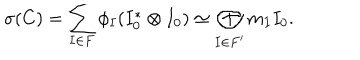
LaTeX: \sigma ( C ) = \sum _ { I \in F } \phi _ { I } ( I _ { 0 } ^ { * } \otimes I _ { 0 } ) \simeq \bigoplus _ { I \in F ^ { \prime } } m _ { I } I _ { 0 } .